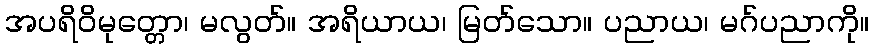
အပရိဝိမုတ္တော၊ မလွတ်။ အရိယာယ၊ မြတ်သော။ ပညာယ၊ မဂ်ပညာကို။